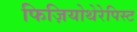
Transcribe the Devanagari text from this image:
फिज़ियोथेरेपिस्ट